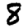
Digit: 8